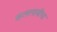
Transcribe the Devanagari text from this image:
कललावीचा